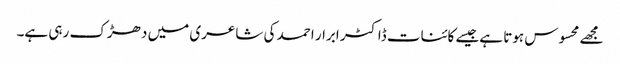
مجھے محسوس ہوتا ہےجیسے کائنات ڈاکٹر ابرار احمد کی شاعری میں دھڑک رہی ہے۔